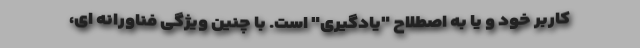
کاربر خود و یا به اصطلاح "یادگیری" است. با چنین ویژگی فناورانه ای،